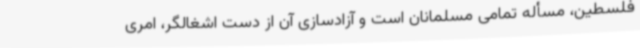
فلسطین، مسأله تمامی مسلمانان است و آزادسازی آن از دست اشغالگر، امری